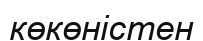
көкөністен